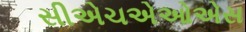
સીએચએઓએસ